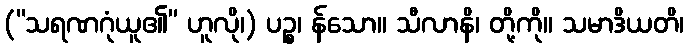
(“သရဏဂုံယူ၏” ဟူလို၊) ပဉ္စ၊ န်သော။ သီလာနိ၊ တို့ကို။ သမာဒိယတိ၊